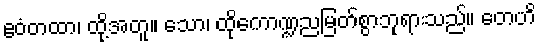
ဧဝံတထာ၊ ထို့အတူ။ သော၊ ထိုကောဏ္ဍညမြတ်စွာဘုရားသည်။ တေဟိ